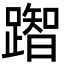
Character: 䠦